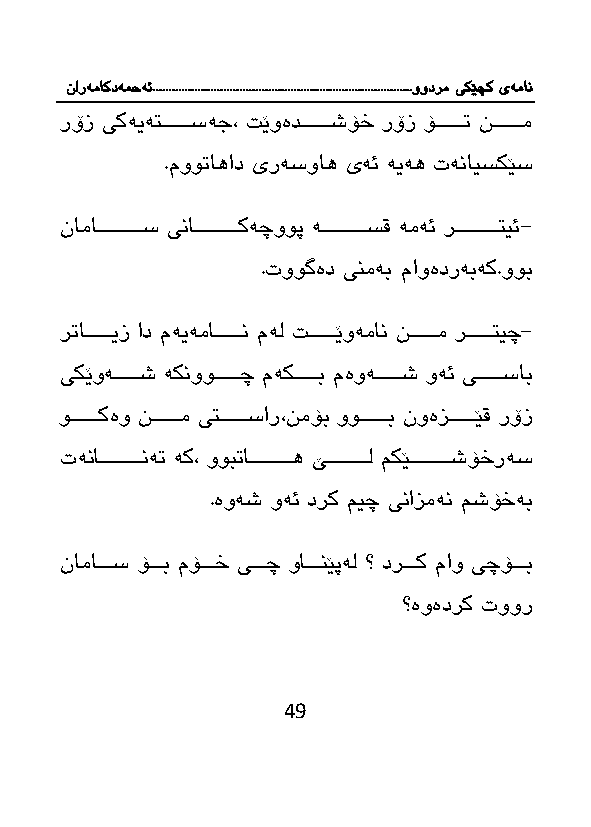
نارەماکدەمحە ئ.................................................................................وودرم یکێچک یەمان
 رۆز یكەیەتااااااااسەج، ێوەدااااااااشۆخ رۆز ۆاااااااا ناااااااام
 .موو اهاد یرەسواه یەئ ەیەه تەنایسكێس
 ناماااااااااااااس یناااااااااااااکەچووپ ەااااااااااااسق ەمەئ رااااااااااااتیئ-
 .تووگەد ینمەب ماوەدرەبەک.ووب
 ر ااااااااایز اد مەیەمااااااااان مەل ااااااااێوەمان ناااااااام راااااااتیچ-
 یكێوەاااااااش ەكنوواااااااچ مەكاااااااب مەوەاااااااش وەئ یاااااااساب
 وااااااااكەو ناااااااام یتااااااااسار،نمۆب ووااااااااب نوەزااااااااێق رۆز
 تەناااااااااااانە ەك، ووب ااااااااااااه ێااااااااااال مكێاااااااااااشۆخرەس
 .ەوەش وەئ درك میچ ینازمەن مشۆخەب
 ناماااااس ۆااااب مۆااااخ یااااچ وااااانێپەل ؟ درااااك ماو یچۆااااب
 ؟ەوەدرك توور
 49